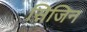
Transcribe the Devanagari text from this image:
सिजिन